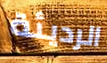
الرديئة